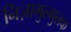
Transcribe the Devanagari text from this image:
निज़ामुल्मुलक